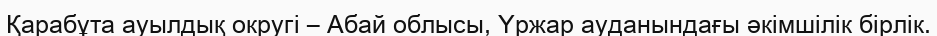
Қарабұта ауылдық округі – Абай облысы, Үржар ауданындағы әкімшілік бірлік.